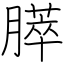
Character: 膵